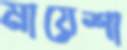
মায়েশা